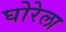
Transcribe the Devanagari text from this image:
घोरेला